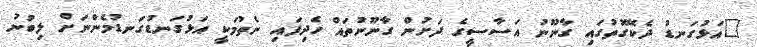
"އަޅުގަނޑު ދެކޭގޮތުގައި ގާނޫނު އަސާސީގެ ދަށުން ގާނޫނުތައް ހެދިފައި ނެތުމަކީ އަޅުގަނޑުގަނޑުމެންނަށް ލިބުނު